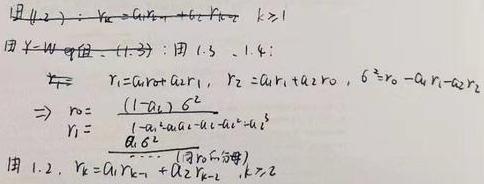
\[
\begin{align*}
&(1.2): r_k = a_1r_{k - 1}+a_2r_{k - 2},k\geq1\\
&由 Y = Wq 及 (1.3): 由 1.3、1.4 知:\\
&\Rightarrow r_1=a_{rot}a_1r_1, r_2 = a_1r_1+a_2r_0, 6^2=r_0 - a_1r_1 - a_2r_2\\
&\Rightarrow r_0=\frac{(1 - a_2)6^2}{1 - a_1^2a_{rot}-a_1 - a_2 - a_1^2}\\
&r_1=\frac{a_16^2}{(1 - a_1^2a_{rot}-a_1 - a_2 - a_1^2)}\\
&由 1.2, r_k = a_1r_{k - 1}+a_2r_{k - 2},k\geq2
\end{align*}
\]